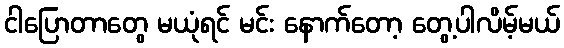
ငါပြောတာတွေ မယုံရင် မင်း နောက်တော့ တွေ့ပါလိမ့်မယ်